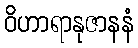
ဝိဟာရာနုဇာနနံ